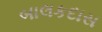
બાલકદાસ